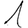
Digit: 1